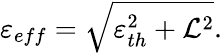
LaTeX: \varepsilon_{eff}=\sqrt{\varepsilon_{th}^{2}+\mathcal{L}^{2}}.